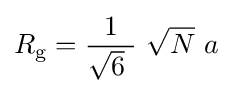
R_{\mathrm {g} }={\frac {1}{{\sqrt {6}}\ }}\ {\sqrt {N}}\ a